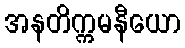
အနတိက္ကမနီယော